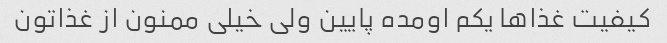
کیفیت غذاها یکم اومده پایین ولی خیلی ممنون از غذاتون